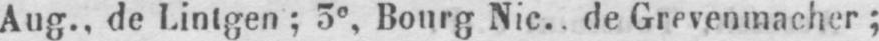
Aug., de Lintgen; 3e Bourg Nic., de Grevenmacher;